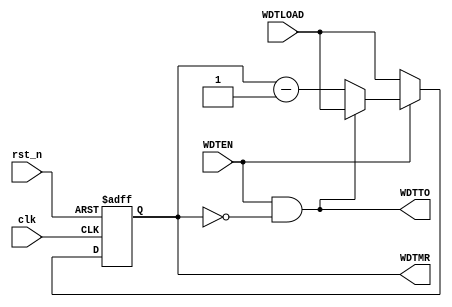
/*
	Copyright 2020 Mohamed Shalan
	
	Licensed under the Apache License, Version 2.0 (the "License"); 
	you may not use this file except in compliance with the License. 
	You may obtain a copy of the License at:

	http://www.apache.org/licenses/LICENSE-2.0

	Unless required by applicable law or agreed to in writing, software 
	distributed under the License is distributed on an "AS IS" BASIS, 
	WITHOUT WARRANTIES OR CONDITIONS OF ANY KIND, either express or implied. 
	See the License for the specific language governing permissions and 
	limitations under the License.
*/

`timescale          1ns/1ps
`default_nettype    none

module MS_WDT32 (
		input wire          clk,
		input wire          rst_n,
		output reg [31:0]   WDTMR,
		input wire [31:0]   WDTLOAD,
		output wire         WDTTO,
		input wire          WDTEN
);

	assign	WDTTO = WDTEN & (WDTMR == 32'd0);
	
	// WDTimer
	always @(posedge clk or negedge rst_n)
	begin
		if(!rst_n)
			WDTMR <= 32'h0;
		else if(WDTEN == 1'b0)
			WDTMR <= WDTLOAD;
		else if(WDTTO == 1'b1)
			WDTMR <= WDTLOAD;
		else 
			WDTMR <= WDTMR - 32'd1;
	end

endmodule